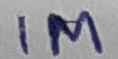
Text: 1M